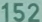
152